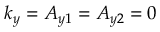
k _ { y } = A _ { y 1 } = A _ { y 2 } = 0